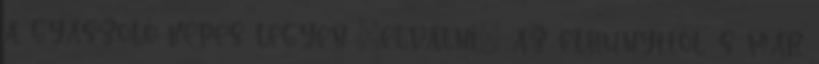
a gyászoló képes legyen „elválni” az elhunyttól, s már